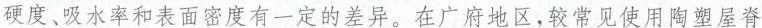
设硬度、吸水率和面密度有一定的差异，在广府地区，较常见使用陶塑屋脊